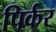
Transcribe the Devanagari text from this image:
पिर्कर